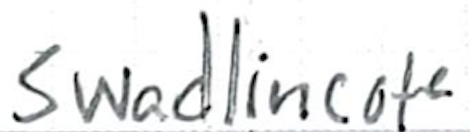
Text: Swadlincote
Cross-out: clean
Writing tool: ballpoint